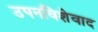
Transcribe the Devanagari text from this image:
उपनविशेवाद